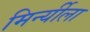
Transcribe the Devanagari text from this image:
मिर्न्यीला